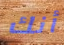
أنك